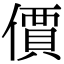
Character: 價